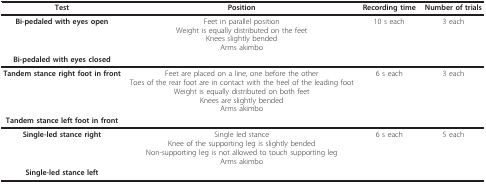
<table><thead><tr><td><b>Test</b></td><td><b>Position</b></td><td><b>Recording time</b></td><td><b>Number of trials</b></td></tr></thead><tbody><tr><td><b>Bi-pedaled with eyes open</b></td><td>Feet in parallel positionWeight is equally distributed on the feetKnees slightly bendedArms akimbo</td><td>10 s each</td><td>3 each</td></tr><tr><td><b>Bi-pedaled with eyes closed</b></td><td></td><td></td><td></td></tr><tr><td><b>Tandem stance right foot in front</b></td><td>Feet are placed on a line, one before the otherToes of the rear foot are in contact with the heel of the leading footWeight is equally distributed on both feetKnees are slightly bendedArms akimbo</td><td>6 s each</td><td>3 each</td></tr><tr><td><b>Tandem stance left foot in front</b></td><td></td><td></td><td></td></tr><tr><td><b>Single-led stance right</b></td><td>Single led stanceKnee of the supporting leg is slightly bendedNon-supporting leg is not allowed to touch supporting legArms akimbo</td><td>6 s each</td><td>5 each</td></tr><tr><td><b>Single-led stance left</b></td><td></td><td></td><td></td></tr></tbody></table>